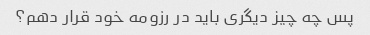
پس چه چیز دیگری باید در رزومه خود قرار دهم؟